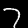
Label: 7